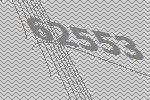
62553